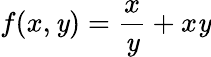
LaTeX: f(x,\mathit{y})=\frac{{x}}{{\mathit{y}}}+x\mathit{y}